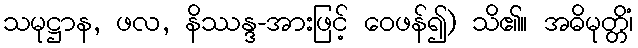
သမုဋ္ဌာန, ဖလ, နိဿန္ဒ-အားဖြင့် ဝေဖန်၍) သိ၏။ အဓိမုတ္တိံ၊